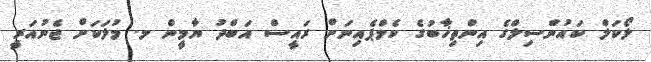
ލޯކަލް ކައުންސިލްގެ އިންތިޚާބުގެ ކެމްޕެއިނަށް ރައީސް އަބްދު ޔާމީން މ. މުލަކަށް ޖެނުއަރީ